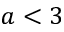
a < 3